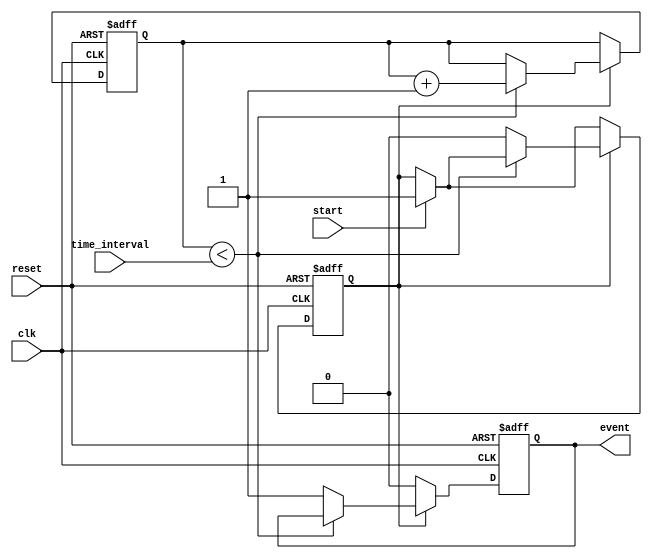
module timer_event_control (
    input wire clk,                  // Clock signal
    input wire start,                // Start signal
    input wire reset,                // Reset signal
    input wire [31:0] time_interval, // Time interval in simulation time units
    output reg event                 // Event signal
);

    reg [31:0] counter;              // Timer counter
    reg counting;                    // Counting state

    // Asynchronous reset
    always @(posedge clk or posedge reset) begin
        if (reset) begin
            counter <= 0;            // Reset counter to zero
            event <= 0;              // Clear event signal
            counting <= 0;           // Reset counting state
        end else begin
            if (start) begin
                counting <= 1;        // Start counting when start signal is high
            end
            
            if (counting) begin
                if (counter < time_interval) begin
                    counter <= counter + 1; // Increment counter
                end else begin
                    event <= 1;          // Assert event signal when time interval is reached
                    counting <= 0;       // Stop counting
                end
            end else begin
                // Maintain event state until reset or another start
                if (event) begin
                    // Normally, you'd define how long to keep the event signal high.
                    // Here, we'll clear it after 1 clock cycle for simplicity.
                    event <= 0;
                end
            end
        end
    end

endmodule